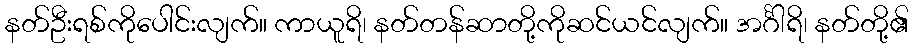
နတ်ဦးရစ်ကိုပေါင်းလျက်။ ကာယူရိ၊ နတ်တန်ဆာတို့ကိုဆင်ယင်လျက်။ အင်္ဂါရိ၊ နတ်တို့၏